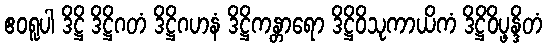
ဧဝရူပါ ဒိဋ္ဌိ ဒိဋ္ဌိဂတံ ဒိဋ္ဌိဂဟနံ ဒိဋ္ဌိကန္တာရော ဒိဋ္ဌိဝိသုကာယိကံ ဒိဋ္ဌိဝိပ္ဖန္ဒိတံ